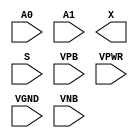
/**
 * Copyright 2020 The SkyWater PDK Authors
 *
 * Licensed under the Apache License, Version 2.0 (the "License");
 * you may not use this file except in compliance with the License.
 * You may obtain a copy of the License at
 *
 *     https://www.apache.org/licenses/LICENSE-2.0
 *
 * Unless required by applicable law or agreed to in writing, software
 * distributed under the License is distributed on an "AS IS" BASIS,
 * WITHOUT WARRANTIES OR CONDITIONS OF ANY KIND, either express or implied.
 * See the License for the specific language governing permissions and
 * limitations under the License.
 *
 * SPDX-License-Identifier: Apache-2.0
 */

`ifndef SKY130_FD_SC_HDLL__CLKMUX2_PP_SYMBOL_V
`define SKY130_FD_SC_HDLL__CLKMUX2_PP_SYMBOL_V

/**
 * clkmux2: Clock mux.
 *
 * Verilog stub (with power pins) for graphical symbol definition
 * generation.
 *
 * WARNING: This file is autogenerated, do not modify directly!
 */

`timescale 1ns / 1ps
`default_nettype none

(* blackbox *)
module sky130_fd_sc_hdll__clkmux2 (
    //# {{data|Data Signals}}
    input  A0  ,
    input  A1  ,
    output X   ,

    //# {{control|Control Signals}}
    input  S   ,

    //# {{power|Power}}
    input  VPB ,
    input  VPWR,
    input  VGND,
    input  VNB
);
endmodule

`default_nettype wire
`endif  // SKY130_FD_SC_HDLL__CLKMUX2_PP_SYMBOL_V